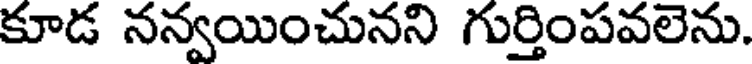
కూడ నన్వయించునని గుర్తింపవలెను.